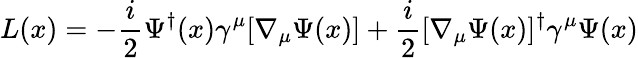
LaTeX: L(x)=-{\frac{i}{2}}\Psi^{\dagger}(x)\gamma^{\mu}[\nabla_{\mu}\Psi(x)]+{\frac{i}{2}}[\nabla_{\mu}\Psi(x)]^{\dagger}\gamma^{\mu}\Psi(x)